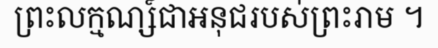
ព្រះលក្មណ្ស៍ជាអនុជរបស់ព្រះរាម ។